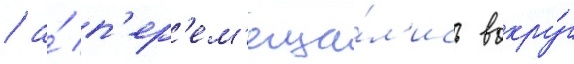
/ а́ п'ер'ем'еща́л'ись вокру́г